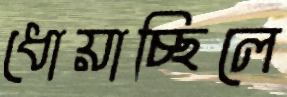
ধোয়াচ্ছিলে